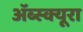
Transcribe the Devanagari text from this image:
ॲब्स्क्यूरा